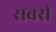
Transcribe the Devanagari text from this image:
राबरी